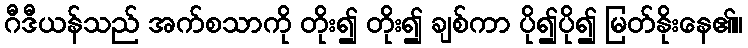
ဂီဒီယန်သည် အက်စသာကို တိုး၍ တိုး၍ ချစ်ကာ ပို၍ပို၍ မြတ်နိုးနေ၏။